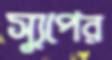
স্যুপের